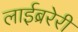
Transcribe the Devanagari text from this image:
लाईब्ररेरी